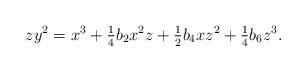
LaTeX: \begin{align*}zy^2 =x^3 +\tfrac{1}{4}b_2 x^2 z + \tfrac{1}{2} b_4 x z^2+ \tfrac{1}{4} b_6 z^3.\end{align*}